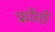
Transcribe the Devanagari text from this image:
फ्रोंतो